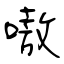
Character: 嗷